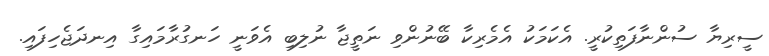
ސީރިޔާ ސުންނާފަތިކުރީ. އެކަމަކު އެެމެރިކާ ބޭނުންވި ނަތީޖާ ނުލިބި އެވަނީ ހަނގުރާމައިގާ އިނދަޖެހިފައި.